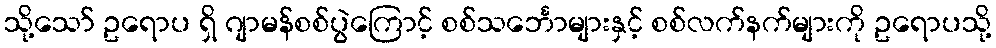
သို့သော် ဥရောပ ရှိ ဂျာမန်စစ်ပွဲကြောင့် စစ်သင်္ဘောများနှင့် စစ်လက်နက်များကို ဥရောပသို့